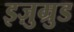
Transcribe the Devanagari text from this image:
इज़ुम्रुड